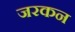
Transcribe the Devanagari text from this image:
जरकन